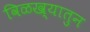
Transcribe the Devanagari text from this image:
विळख्यातुन